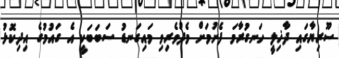
ސޫރިޔާގައި ދާޚިލީ ހަނގުރާމަ ފެށުމަށް މެދުވެރިވި މައިގަނޑު ސަބަބަކީ އެ ގައުމުގެ އިދިކޮޅު